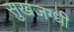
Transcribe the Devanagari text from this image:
सुखजग्धी